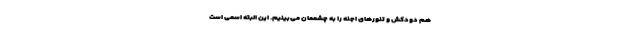
هم دودکش و تنورهای اجنه را به چشممان می‌بینیم. این البته اسمی است